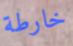
خارطة